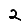
Digit: 2